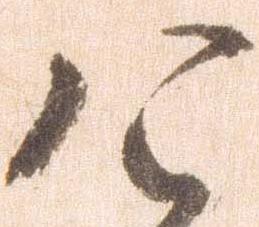
令